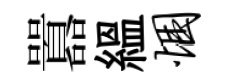
囂緼悃